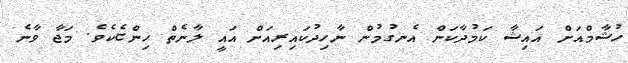
ހުޝާމްއަށް އައިޝާ ކަމުދާކަން އެނގުމުން ނާހިދުކައިރިއަށް އައީ ލާނެތް ހިންޏެކެވެ. މަޖާ ވާނެ